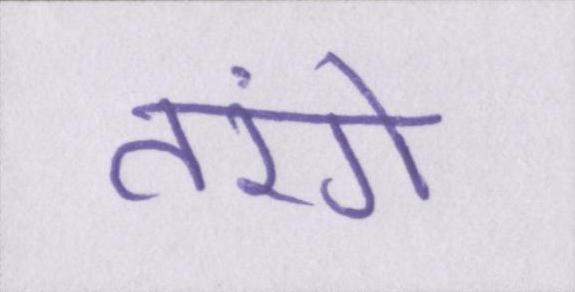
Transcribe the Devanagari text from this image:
तरंगे